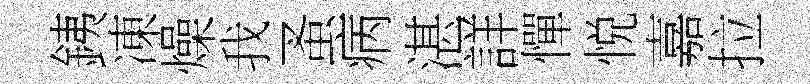
銕凍燥我蚤病湛詳憚悦嘉拉